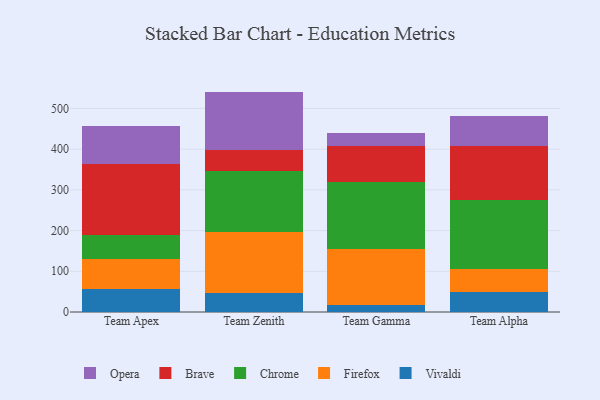
{"axis": {"x": "Team", "y": "Production Output"}, "legend": ["Brave", "Chrome", "Firefox", "Opera", "Vivaldi"], "data": [{"x": "Team Apex", "y": 56.0, "type": "Vivaldi"}, {"x": "Team Apex", "y": 73.9, "type": "Firefox"}, {"x": "Team Apex", "y": 58.2, "type": "Chrome"}, {"x": "Team Apex", "y": 175.6, "type": "Brave"}, {"x": "Team Apex", "y": 94.1, "type": "Opera"}, {"x": "Team Zenith", "y": 47.0, "type": "Vivaldi"}, {"x": "Team Zenith", "y": 149.2, "type": "Firefox"}, {"x": "Team Zenith", "y": 150.8, "type": "Chrome"}, {"x": "Team Zenith", "y": 50.9, "type": "Brave"}, {"x": "Team Zenith", "y": 143.4, "type": "Opera"}, {"x": "Team Gamma", "y": 17.4, "type": "Vivaldi"}, {"x": "Team Gamma", "y": 137.8, "type": "Firefox"}, {"x": "Team Gamma", "y": 163.8, "type": "Chrome"}, {"x": "Team Gamma", "y": 89.8, "type": "Brave"}, {"x": "Team Gamma", "y": 31.7, "type": "Opera"}, {"x": "Team Alpha", "y": 48.2, "type": "Vivaldi"}, {"x": "Team Alpha", "y": 58.4, "type": "Firefox"}, {"x": "Team Alpha", "y": 168.0, "type": "Chrome"}, {"x": "Team Alpha", "y": 133.0, "type": "Brave"}, {"x": "Team Alpha", "y": 74.3, "type": "Opera"}]}